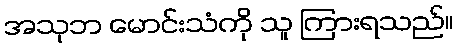
အသုဘ မောင်းသံကို သူ ကြားရသည်။